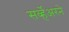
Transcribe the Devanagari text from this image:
सर्व्हेअरने